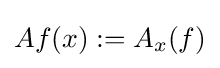
Af(x):=A_{x}(f)